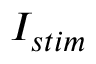
I _ { s t i m }